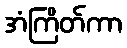
အံကြိတ်ကာ